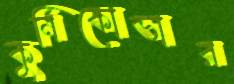
কুর্নিকোভার